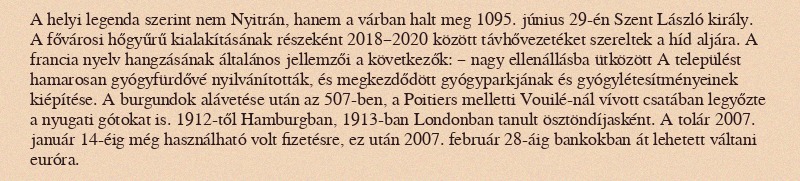
A helyi legenda szerint nem Nyitrán, hanem a várban halt meg 1095. június 29-én Szent László király. A fővárosi hőgyűrű kialakításának részeként 2018–2020 között távhővezetéket szereltek a híd aljára. A francia nyelv hangzásának általános jellemzői a következők: – nagy ellenállásba ütközött A települést hamarosan gyógyfürdővé nyilvánították, és megkezdődött gyógyparkjának és gyógylétesítményeinek kiépítése. A burgundok alávetése után az 507-ben, a Poitiers melletti Vouilé-nál vívott csatában legyőzte a nyugati gótokat is. 1912-től Hamburgban, 1913-ban Londonban tanult ösztöndíjasként. A tolár 2007. január 14-éig még használható volt fizetésre, ez után 2007. február 28-áig bankokban át lehetett váltani euróra.